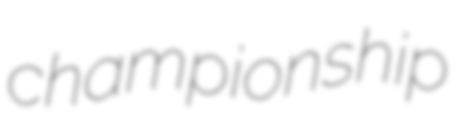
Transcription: championship